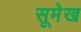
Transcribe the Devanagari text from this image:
सूमेख